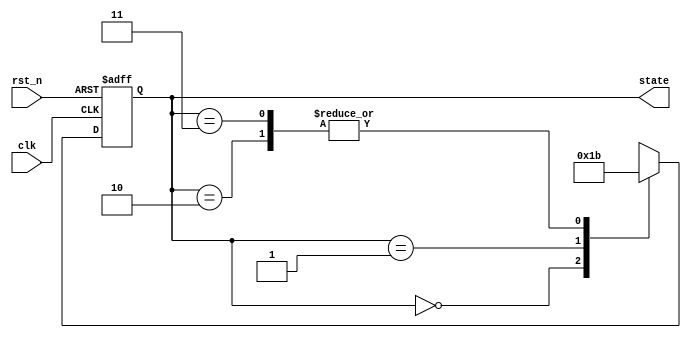
module boot_state(  
		//Input signals
                clk,
                rst_n,
                //Output signals
                state            
                );

        //Input signals
        input           clk;
        input           rst_n;
        
        //Output signals
        output	[1:0]	state;
        
        // BINARY ENCODED state machine:
        // State codes definitions:
        parameter       BS_OFF    = 2'b00;
        parameter       BS_FIRST  = 2'b01;
        parameter       BS_SECOND = 2'b10;
        parameter	BS_NORMAL = 2'b11;


        reg     [1:0]   current_state, next_state;
        
//=====================================================================
//      Main Body
//=====================================================================


        //=============================================================
        //      FSM	
        //=============================================================
       	// Current State Logic (sequential)
        always@(posedge clk or negedge rst_n)
        begin

                if (~rst_n)      // an asynchronous rst
                        current_state = BS_OFF;
                else
                        current_state = next_state;

        end


        // next_state logic (combinatorial)
        always@(current_state)
        begin

	    case(current_state)
	    	BS_OFF:    next_state = BS_FIRST;             	  	
             	BS_FIRST:  next_state = BS_SECOND;
                BS_SECOND: next_state = BS_NORMAL;
                BS_NORMAL: next_state = BS_NORMAL;
             	default:   next_state = BS_OFF;	 
	    endcase

        end
        
        
        //=============================================================
        //      Output Signals Generater
        //=============================================================
	assign	state = current_state;


endmodule